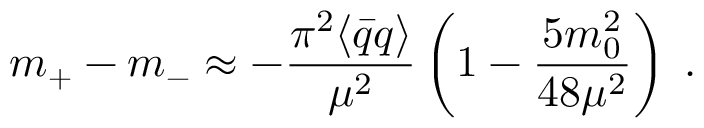
m _ { + } - m _ { - } \approx - \frac { \pi ^ { 2 } \langle \bar { q } { q } \rangle } { \mu ^ { 2 } } \left( 1 - \frac { 5 m _ { 0 } ^ { 2 } } { 4 8 \mu ^ { 2 } } \right) \; .